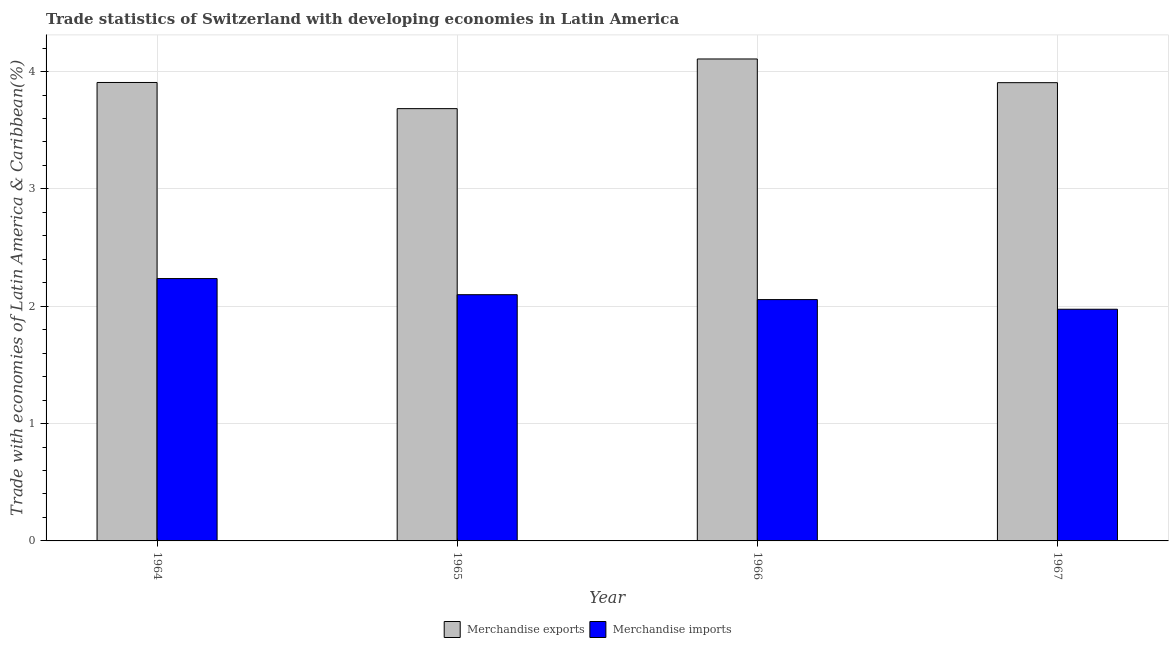
| Year | Merchandise exports | Merchandise imports |
 | --- | --- | --- |
 | 1964 | 3.91 | 2.24 |
 | 1965 | 3.68 | 2.1 |
 | 1966 | 4.11 | 2.06 |
 | 1967 | 3.91 | 1.97 |